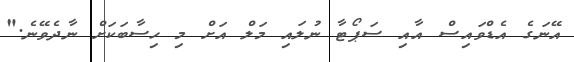
އޭނަގެ އެޑްވައިސް އާއި ސަޕޯޓާ ނުލައި މަލް އަށް މި ހިސާބަކަށް ނާދެވޭނެ."